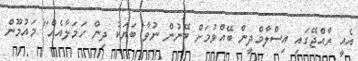
އެއީ ރާއްޖޭގައި އިސްލާމްދީން ބޭއްވުމަށް ބޭނުން ނުވާ ބަޔަކު ދިން ހަމަލާއެއް" މައުމޫން